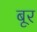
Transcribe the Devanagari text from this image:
बूर